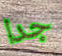
جدا